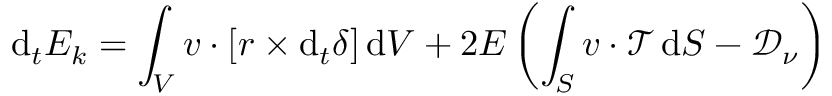
\mathrm { d } _ { t } E _ { k } = \int _ { V } \boldsymbol { v } \boldsymbol { \cdot } \left[ \boldsymbol { r } \times \mathrm { d } _ { t } \boldsymbol { \delta } \right] \mathrm { d } V + 2 E \left( \int _ { S } \boldsymbol { v } \boldsymbol { \cdot } \boldsymbol { \mathcal { T } } \, \mathrm { d } S - \mathcal { D } _ { \nu } \right)